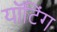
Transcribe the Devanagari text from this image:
यॉटिंग